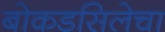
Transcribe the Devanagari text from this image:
बोकडसिलेचा